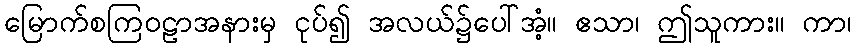
မြောက်စကြဝဠာအနားမှ ငုပ်၍ အလယ်၌ပေါ်အံ့။ ဧသာ၊ ဤသူကား။ ကာ၊